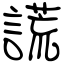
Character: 謊